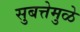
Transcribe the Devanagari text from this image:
सुबत्तेमुळे